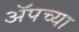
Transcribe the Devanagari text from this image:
ॲपच्या